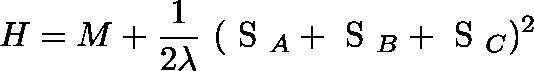
H = M + \frac { 1 } { 2 \lambda } ~ ( \mathrm { \boldmath ~ S ~ } _ { A } + \mathrm { \boldmath ~ S ~ } _ { B } + \mathrm { \boldmath ~ S ~ } _ { C } ) ^ { 2 }